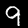
Digit: 9